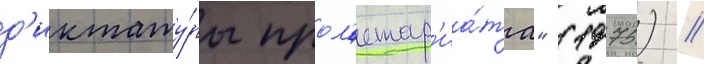
д'иктату́ры прол'етар'иа́та" (1975) /